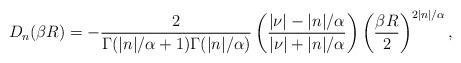
LaTeX: \begin{align*}D_n(\beta R)=-\frac2{\Gamma(|n|/\alpha+1)\Gamma(|n|/\alpha)}\left(\frac{|\nu|-|n|/\alpha}{|\nu|+|n|/\alpha}\right)\left(\frac{\beta R}{2}\right)^{2|n|/\alpha},\end{align*}